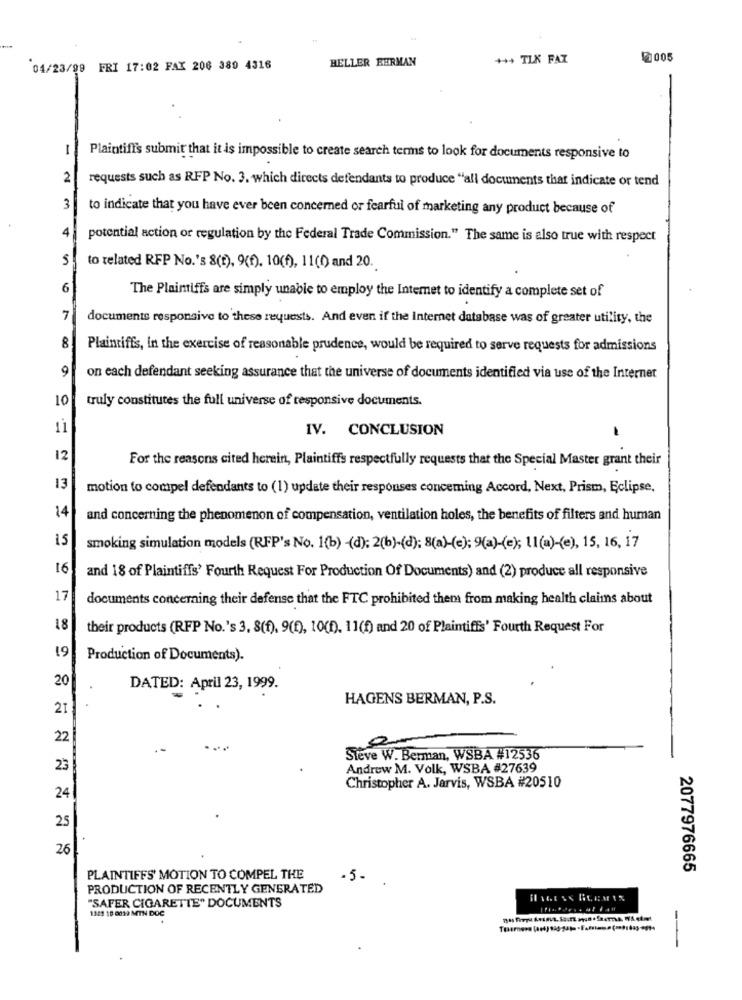
HELLER BERMAN
+++ TLK FAZ
2005
04/23/99 FRI 17:02 FAX 206 380 4316
-
I
Plaintiff's submit that it is impossible to create search terms to look for documents responsive to
2
requests such as RFP No. 3. which directs defendants to produce "all documents that indicate or tend
3
to indicate that you have ever been concerned or fearful of marketing any product because of
4
potential action or regulation by the Federal Trade Commission." The same is also true with respect
5
to related RFP No.'s 8(t), 9(f). 10(f), 11(0) and 20.
6
The Plaintiffs are simply unable to employ the Internet to identify a complete set of
7
documents responsive to these requests. And even if the Internet database was of greater utility, the
8
Plaintiffs, in the exercise of reasonable prudence, would be required to serve requests for admissions
9
on each defendant seeking assurance that the universe of documents identified via use of the Internet
10
truly constitutes the full universe of responsive documents.
11
IV. CONCLUSION
12
For the reasons cited herein, Plaintiffs respectfully requests that the Special Master grant their
13
motion to compel defendants to (1) update their responses concerning Accord, Next, Prism, Eclipse,
14
and concerning the phenomenon of compensation, ventilation holes, the benefits of filters and human
15
smoking simulation models (RFP's No. 1(b) -(d); 2(b)-(d); 8(a)-(e); 9(a)-(e); 11(a)-(e), 15, 16, 17
16
and 18 of Plaintiffs' Fourth Request For Production Of Documents) and (2) produce all responsive
17
documents concerning their defense that the FTC prohibited them from making health claims about
18
their products (RFP No.'s 3, 8(f), 9(f), 10(0), 11(f) and 20 of Plaintiffs' Fourth Request For
19
Production of Documents).
20
DATED: April 23, 1999.
HAGENS BERMAN, P.S.
21
22
Steve W. Berman, WSBA #12536
23
Andrew M. Volk, WSBA #27639
Christopher A. Jarvis, WSBA #20510
24
25
26
2077976665
PLAINTIFFS' MOTION TO COMPEL THE
-5-
PRODUCTION OF RECENTLY GENERATED
"SAFER CIGARETTE" DOCUMENTS
1345 10 0019 MTN DOC
--